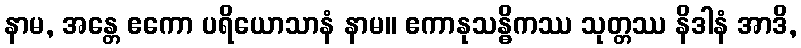
နာမ, အန္တေ ဧကော ပရိယောသာနံ နာမ။ ဧကာနုသန္ဓိကဿ သုတ္တဿ နိဒါနံ အာဒိ,